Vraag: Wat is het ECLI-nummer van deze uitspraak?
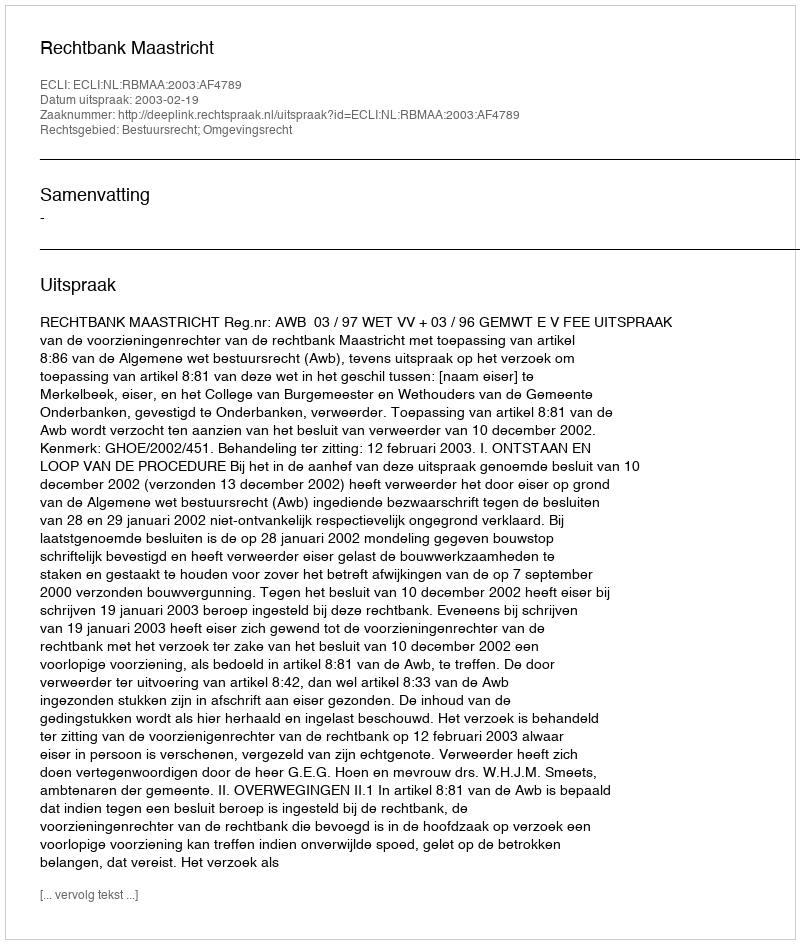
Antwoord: ECLI:NL:RBMAA:2003:AF4789